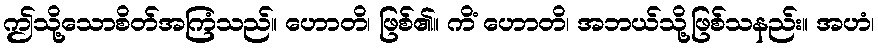
ဤသို့သောစိတ်အကြံသည်။ ဟောတိ၊ ဖြစ်၏။ ကိံ ဟောတိ၊ အဘယ်သို့ဖြစ်သနည်း။ အဟံ၊